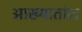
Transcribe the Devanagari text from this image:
आख्यातांश